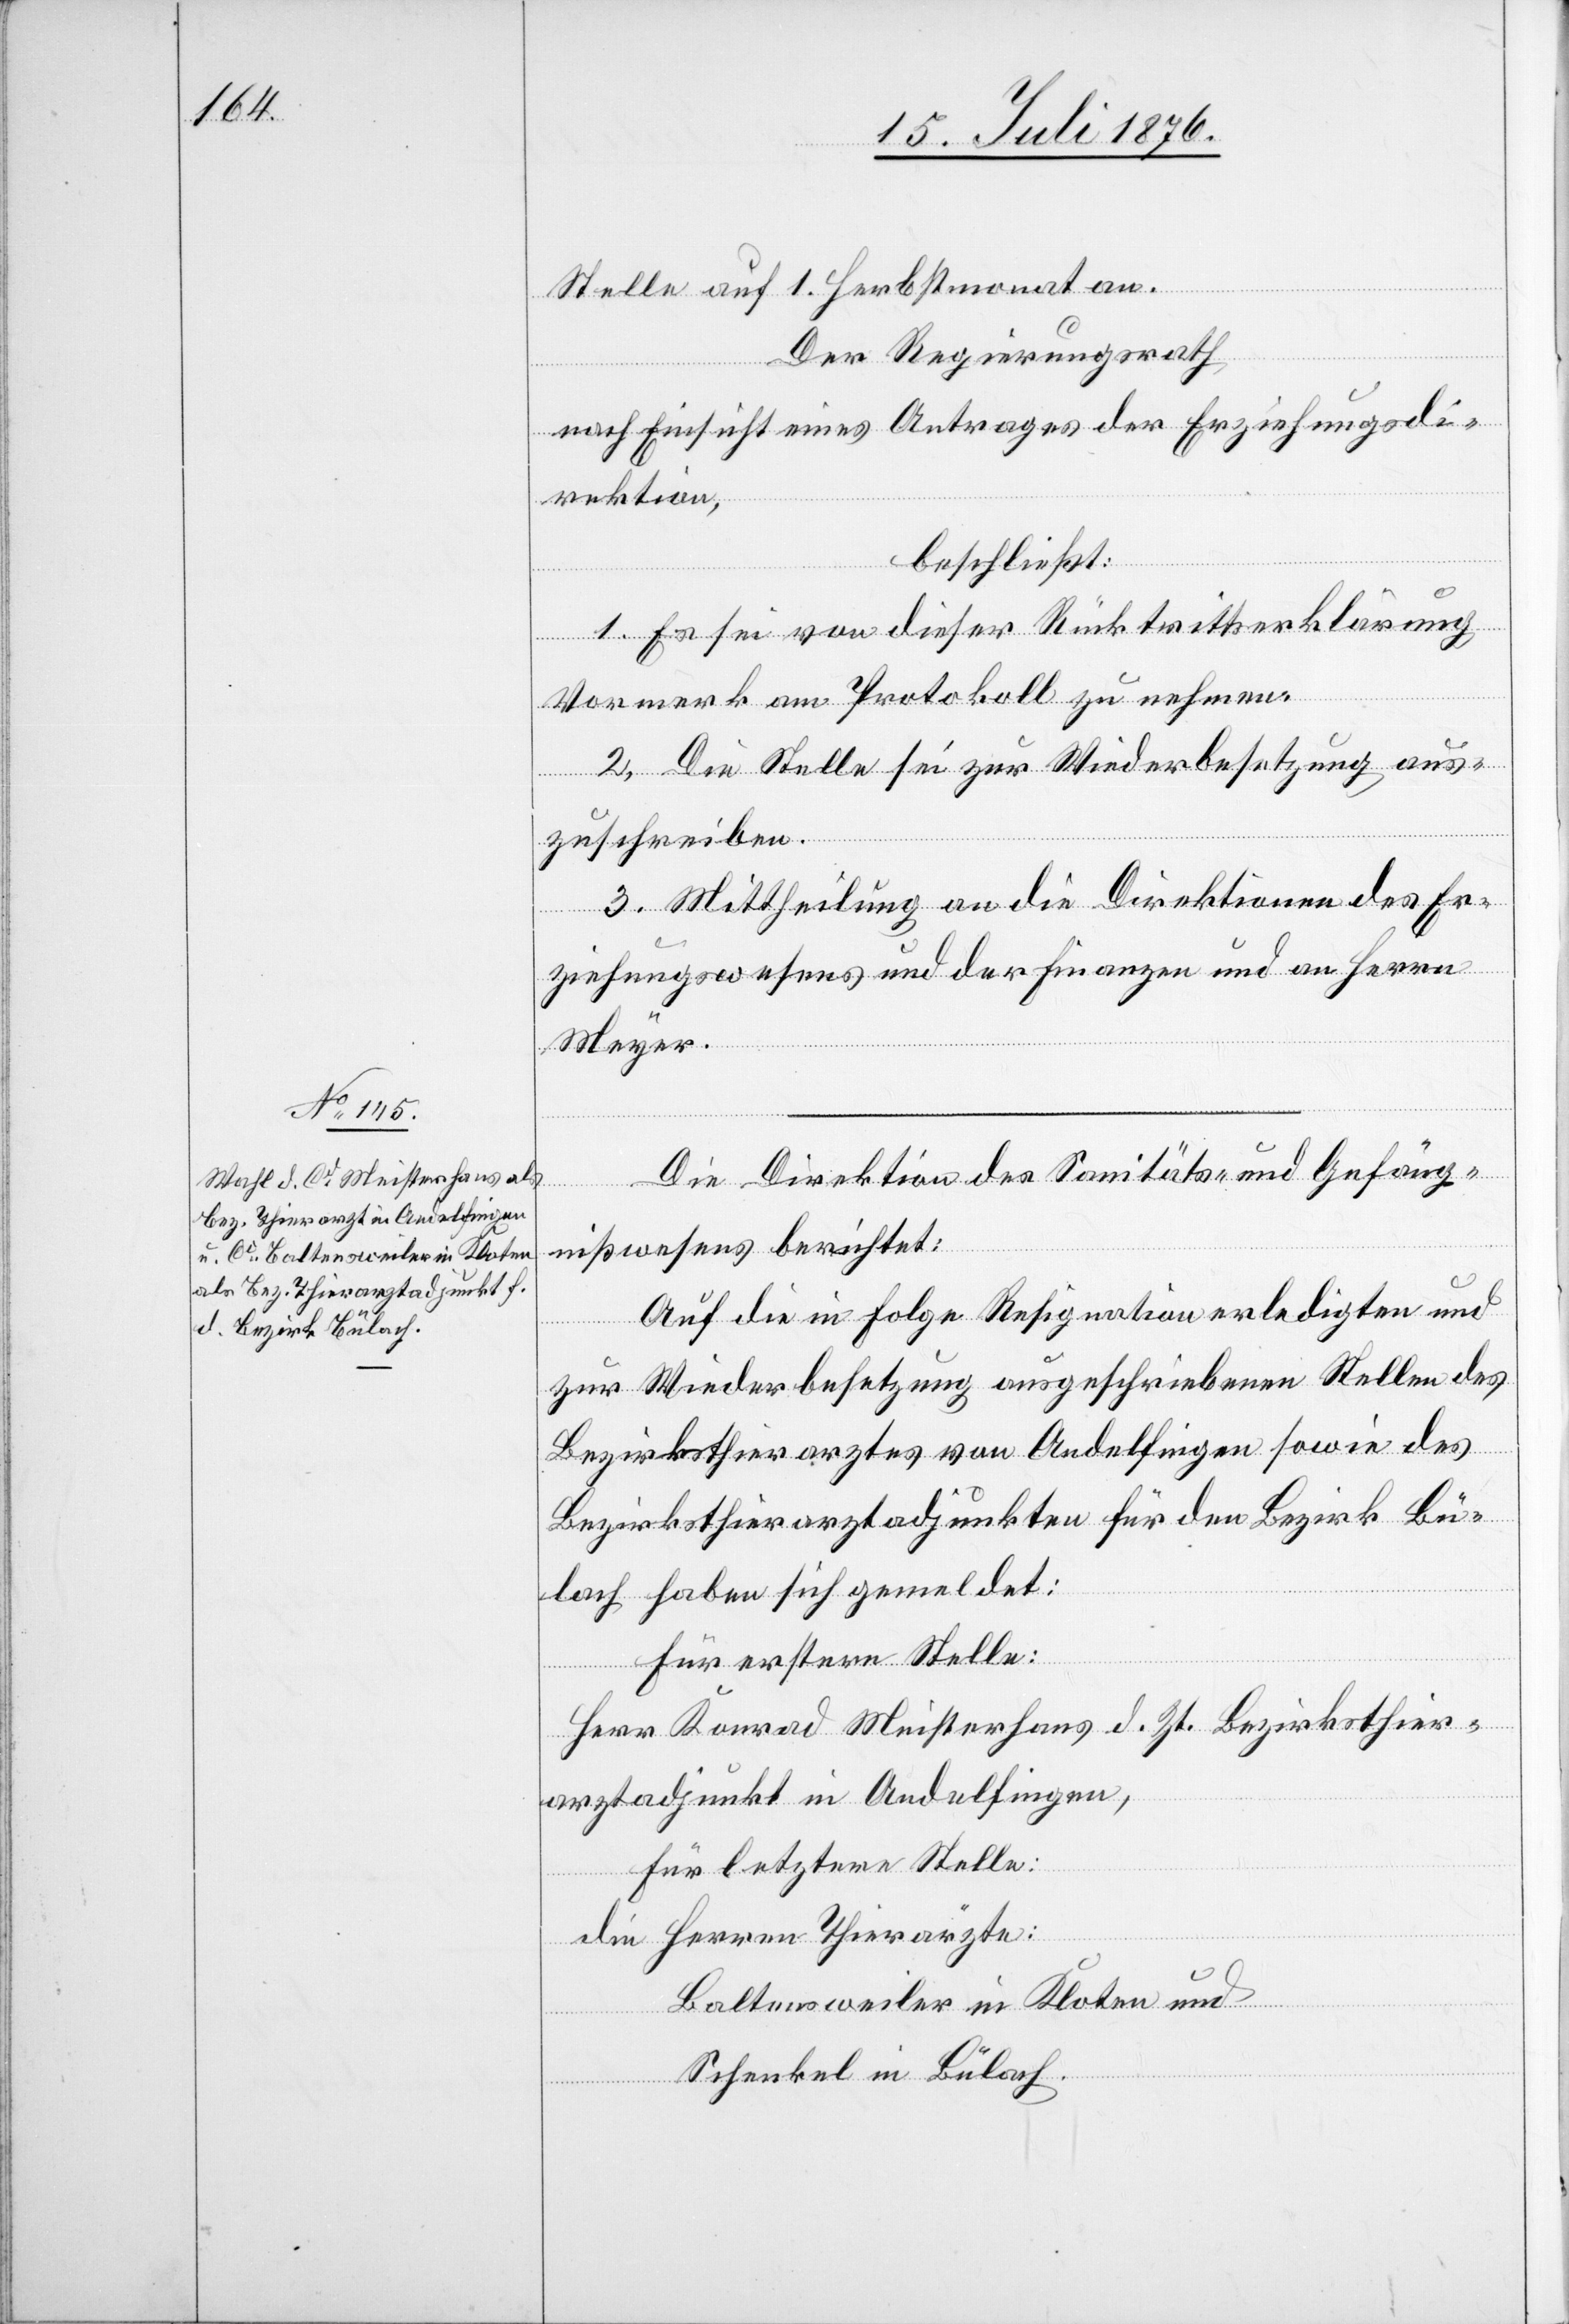
Stelle auf 1. Herbstmonat an.
Der Regierungsrath,
nach Einsicht eines Antrages der Erziehungsdi¬
rektion,
beschließt:
1. Es sei von dieser Rücktrittserklärung
Vormerk am Protokoll zu nehmen.
2. Die Stelle sei zur Wiederbesetzung aus¬
zuschreiben.
3. Mittheilung an die Direktionen des Er¬
ziehungswesens und der Finanzen und an Herrn
Meyer.
Die Direktion des Sanitäts- und Gefäng¬
nißwesens berichtet:
Auf die in Folge Resignation erledigten und
zur Wiederbesetzung ausgeschriebenen Stellen des
Bezirksthierarztes von Andelfingen sowie des
Bezirksthierarztadjunkten für den Bezirk Bü¬
lach haben sich gemeldet:
für erstere Stelle:
Herr Konrad Meisterhans d. Zt. Bezirksthier¬
arztadjunkt in Andelfingen,
für letztere Stelle:
die Herren Thierärzte:
Baltensweiler in Kloten und
Schenkel in Bülach.